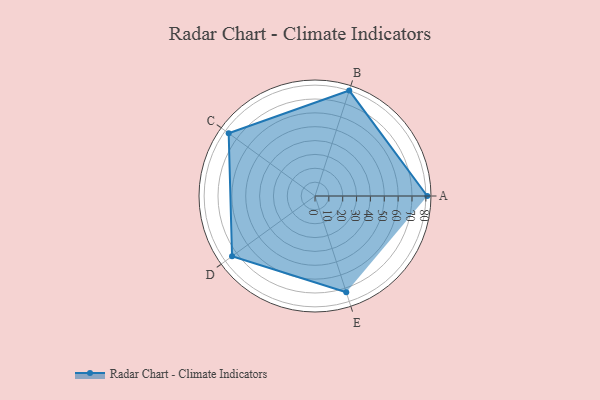
{"axis": {"x": "Skill", "y": "Score"}, "legend": ["Profile"], "data": [{"x": "A", "y": 81.0, "type": "Profile"}, {"x": "B", "y": 80.0, "type": "Profile"}, {"x": "C", "y": 77.0, "type": "Profile"}, {"x": "D", "y": 74.0, "type": "Profile"}, {"x": "E", "y": 73.0, "type": "Profile"}]}